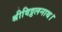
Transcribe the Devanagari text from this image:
श्रीविट्ठलनाथ।